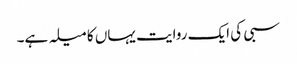
سبی کی ایک روایت یہاں کا میلہ ہے۔